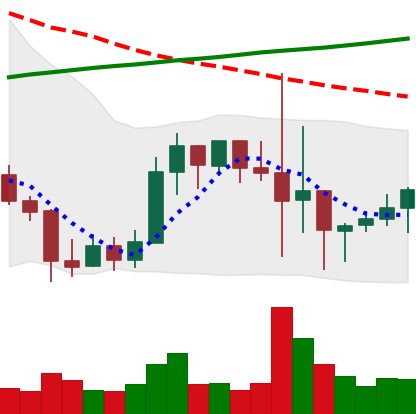
Ticker: LINK-USD
Chart end date: 2019-09-30
Forward return: 11.483%
Label: up_7plus